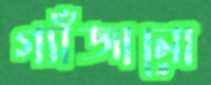
গ্যাঁজানো